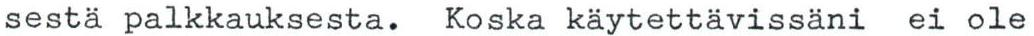
sestä palkkauksesta. Koska käytettävissäni ei ole